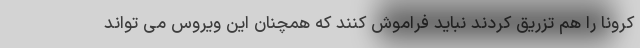
کرونا را هم تزریق کردند نباید فراموش کنند که همچنان این ویروس می تواند